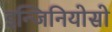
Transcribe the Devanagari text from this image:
इन्जिनियोसो